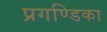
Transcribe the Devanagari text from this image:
प्रगण्डिका